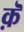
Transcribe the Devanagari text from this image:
क़ॆ